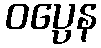
ဝပ္ပေန